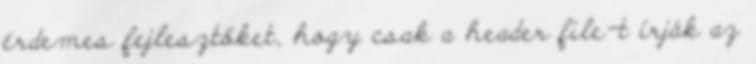
érdemes fejlesztőket, hogy csak a header file-t írják az